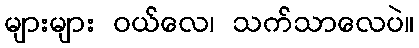
များများ ဝယ်လေ၊ သက်သာလေပဲ။